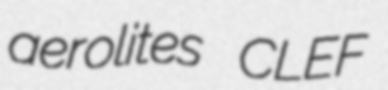
aerolites CLEF